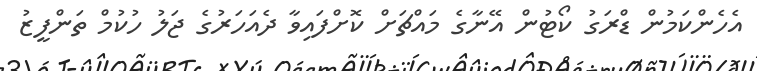
އެހެންކަމުން ޑްރަގު ކޯޓުން އޭނާގެ މައްޗަށް ކޮށްފައިވާ ދެއަހަރުގެ ޖަލު ހުކުމް ތަންފީޒު